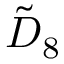
{ \tilde { D } } _ { 8 }